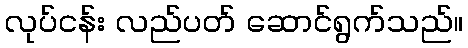
လုပ်ငန်း လည်ပတ် ဆောင်ရွက်သည်။